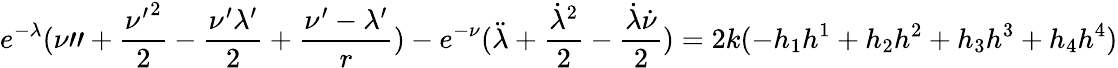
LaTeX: e^{-{\lambda}}({\nu}"+\frac{{{\nu}^{\prime}}^{2}}{2}-\frac{{\nu}^{\prime}{\lambda}^{\prime}}{2}+\frac{{\nu}^{\prime}-{\lambda}^{\prime}}{r})-e^{-{\nu}}(\ddot{\lambda}+\frac{{\dot{\lambda}}^{2}}{2}-\frac{\dot{\lambda}\dot{\nu}}{2})=2k(-h_{1}h^{1}+h_{2}h^{2}+h_{3}h^{3}+h_{4}h^{4})